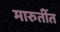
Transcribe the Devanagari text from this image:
मारुतींत